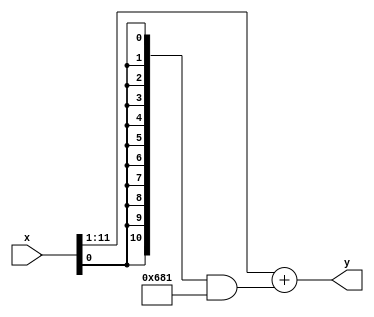

/*
The designers:

Ahmet Can Mert <ahmetcanmert@sabanciuniv.edu>
Ferhat Yaman <ferhatyaman@sabanciuniv.edu>

To the extent possible under law, the implementer has waived all copyright
and related or neighboring rights to the source code in this file.
http://creativecommons.org/publicdomain/zero/1.0/
*/

module div2(input [11:0] x,
            output[11:0] y);

wire [10:0] x0and;

assign x0and = {11{x[0]}} & 11'd1665;
assign y     = x[11:1] + x0and;

endmodule